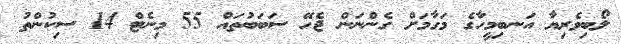
ލޯބިވެރިޔާ އަނބިމީހާގެ މަގާމަށް ގެންނަން ޖެހޭ ސަބަބުތައް 55 މިނެޓް 14 ސިކުންތު